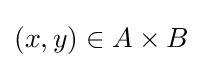
(x,y)\in A\times B